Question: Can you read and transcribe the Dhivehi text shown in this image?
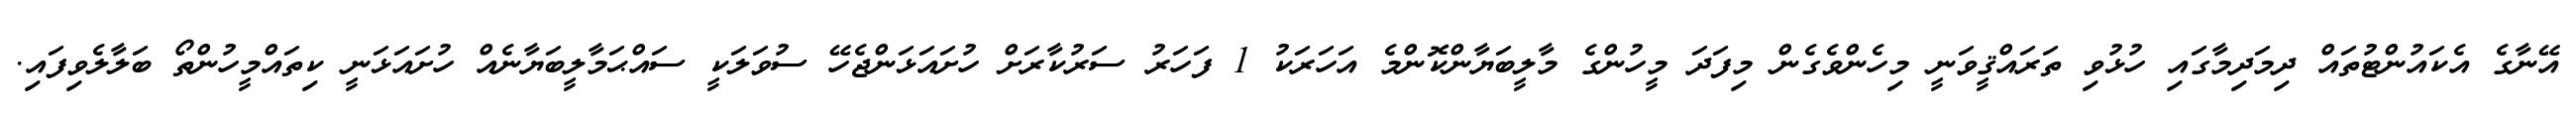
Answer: އޭނާގެ އެކައުންޓުތައް ދިމަދިމާގައި ހުޅުވި ތަރައްޤީވަނީ މިހެންވެގެން މިފަދަ މީހުންގެ މާލީބަޔާންކޮންމެ އަހަރަކު 1 ފަހަރު ސަރުކާރަށް ހުށައަޅަންޖެހޭ ސުވަލަކީ ސައްޙަމާލީބަޔާނެއް ހުށައަޅަނީ ކިތައްމީހުންތޯ ބަލާލެވިފައި.